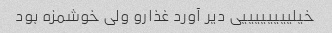
خیلییییییییی دیر آورد غذارو ولی خوشمزه بود